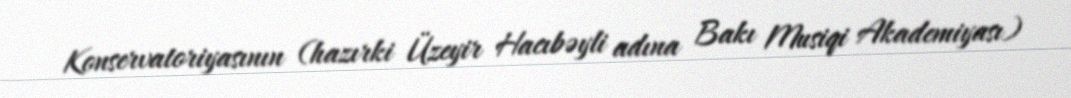
Konservatoriyasının (hazırki Üzeyir Hacıbəyli adına Bakı Musiqi Akademiyası)